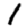
Digit: 1